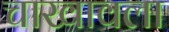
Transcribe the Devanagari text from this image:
चाखावला